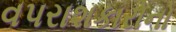
વપરાશકારોનો